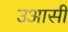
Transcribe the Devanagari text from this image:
उआसी